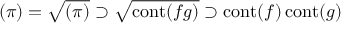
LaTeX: ( \pi ) = { \sqrt { ( \pi ) } } \supset { \sqrt { \operatorname { c o n t } ( f g ) } } \supset \operatorname { c o n t } ( f ) \operatorname { c o n t } ( g )